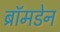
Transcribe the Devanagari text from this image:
ब्रॉमडेन